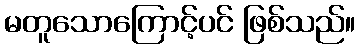
မတူသောကြောင့်ပင် ဖြစ်သည်။